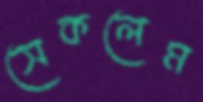
সেকলেম